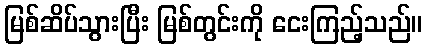
မြစ်ဆိပ်သွားပြီး မြစ်တွင်းကို ငေးကြည့်သည်။